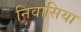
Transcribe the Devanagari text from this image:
निवासिया